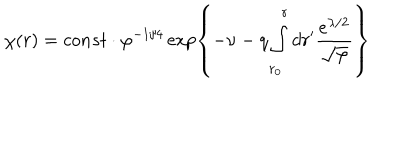
\chi ( r ) = c o n s t \cdot \varphi ^ { - 1 / 4 } \exp \left\{ - \nu - q \int _ { r _ { 0 } } ^ { r } d r ^ { \prime } \frac { e ^ { \lambda / 2 } } { \sqrt { \varphi } } \right\}